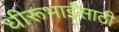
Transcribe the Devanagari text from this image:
धीरूभाईंसाठी